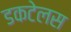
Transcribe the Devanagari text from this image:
डकटेलस